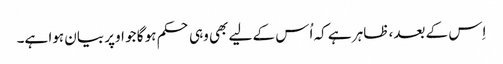
اِس کے بعد، ظاہر ہے کہ اُس کے لیے بھی وہی حکم ہو گا جو اوپر بیان ہوا ہے۔